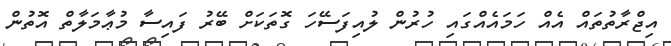
އިޖްރާތުތައް އެއް ހަމައެއްގައި ހުރުން ލުއިފަސޭހަ ގޮތަކަށް ބޭރު ފައިސާ މުޢާމަލާތް އޮތުން